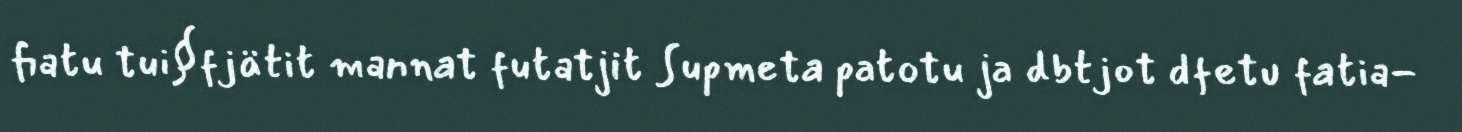
fiatu tui§fjätit mannat futatjit Supmeta patotu ja dbtjot dfetu fatia-